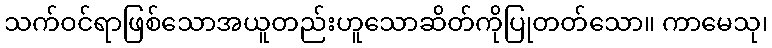
သက်ဝင်ရာဖြစ်သောအယူတည်းဟူသောဆိတ်ကိုပြုတတ်သော။ ကာမေသု၊